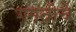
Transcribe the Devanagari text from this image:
गमतीचे